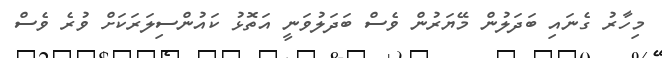
މިހާރު ގެނައި ބަދަލުން މޭޔަރުން ވެސް ބަދަލުވަނީ އަތޮޅު ކައުންސިލަރަކަށް ވުރެ ވެސް